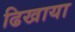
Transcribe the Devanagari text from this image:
ढिखाया